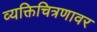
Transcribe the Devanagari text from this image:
व्यक्तिचित्रणावर